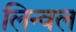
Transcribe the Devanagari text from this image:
लिन्वल